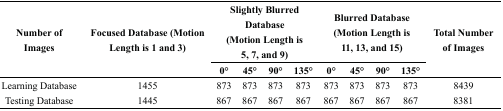
| <ROWSPAN=2> Number of Images | <ROWSPAN=2> Focused Database (Motion Length is 1 and 3) | <COLSPAN=4> Slightly Blurred Database (Motion Length is 5, 7, and 9) | <COLSPAN=4> Blurred Database (Motion Length is 11, 13, and 15) | <ROWSPAN=2> Total Number of Images |
 | 0° | 45° | 90° | 135° | 0° | 45° | 90° | 135° |
 | --- | --- | --- | --- | --- | --- | --- | --- | --- | --- | --- |
 | Learning Database | 1455 | 873 | 873 | 873 | 873 | 873 | 873 | 873 | 873 | 8439 |
 | Testing Database | 1445 | 867 | 867 | 867 | 867 | 867 | 867 | 867 | 867 | 8381 |